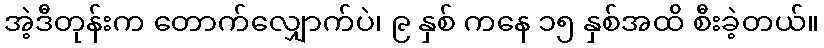
အဲ့ဒီတုန်းက တောက်လျှောက်ပဲ၊ ၉ နှစ် ကနေ ၁၅ နှစ်အထိ စီးခဲ့တယ်။